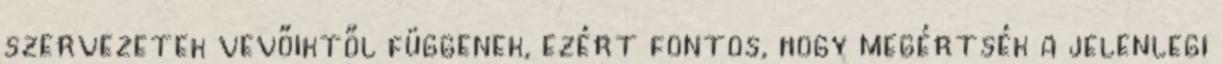
szervezetek vevőiktől függenek, ezért fontos, hogy megértsék a jelenlegi